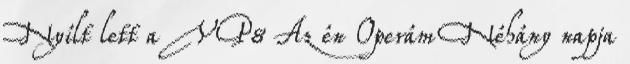
Nyílt lett a VP8 Az én Operám Néhány napja